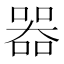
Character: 器